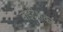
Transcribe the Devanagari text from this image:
वाइंदेशकर